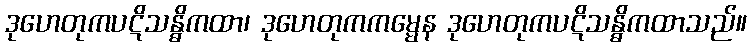
ဒုဟေတုကပဋိသန္ဓိကထာ၊ ဒုဟေတုကကမ္မေန ဒုဟေတုကပဋိသန္ဓိကထာသည်။